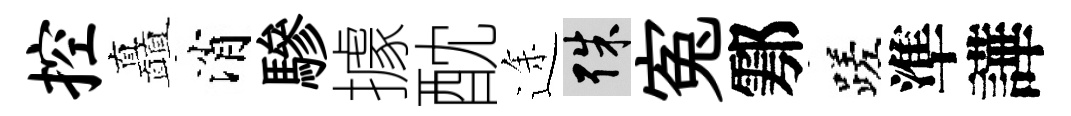
控矗消驂據酖途殊寃鄠蹉準譁